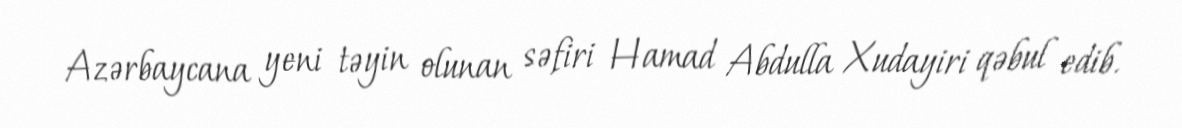
Azərbaycana yeni təyin olunan səfiri Hamad Abdulla Xudayiri qəbul edib.